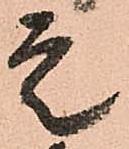
定